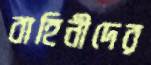
বাহিনীদের